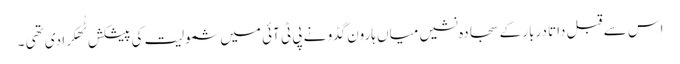
اس سے قبل داتا دربار کے سجادہ نشیں میاں ہارون گڈو نے پی ٹی آئی میں شمولیت کی پیشکش ٹُھکرا دی تھی ۔